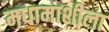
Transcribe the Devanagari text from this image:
मधामाशीला